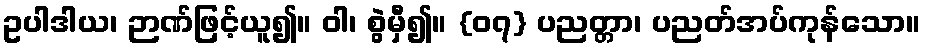
ဥပါဒါယ၊ ဉာဏ်ဖြင့်ယူ၍။ ဝါ၊ စွဲမှီ၍။ {၀၇} ပညတ္တာ၊ ပညတ်အပ်ကုန်သော။